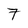
Character: 7